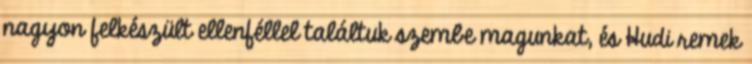
nagyon felkészült ellenféllel találtuk szembe magunkat, és Hudi remek